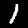
Label: 1